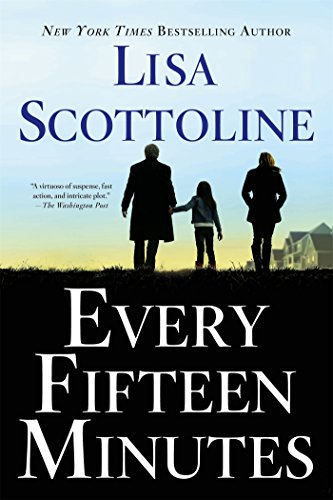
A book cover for Every Fifteen Minutes; Lisa Scottoline; Mystery, Thriller & Suspense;